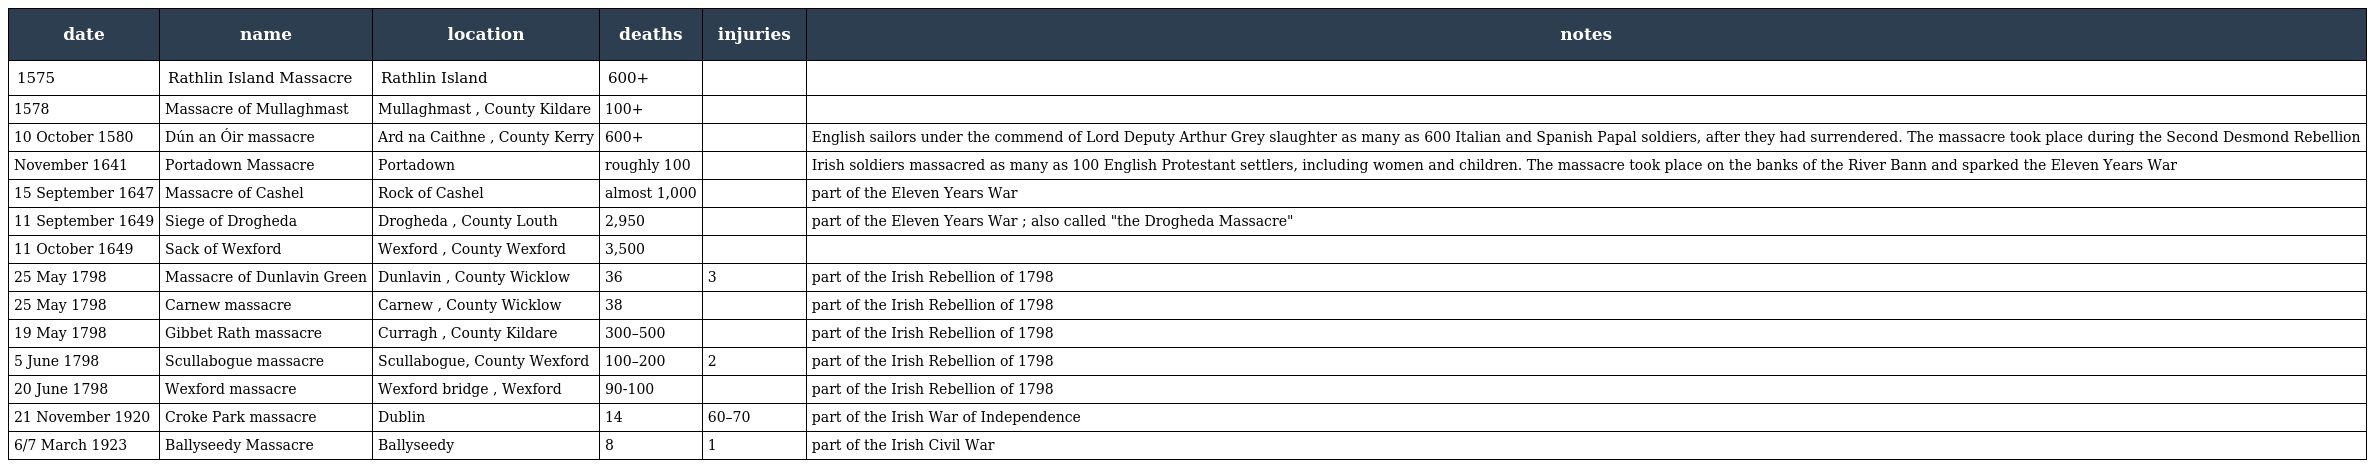
| date | name | location | deaths | injuries | notes |
 | --- | --- | --- | --- | --- | --- |
 | 1575 | Rathlin Island Massacre | Rathlin Island | 600+ |  |  |
 | 1578 | Massacre of Mullaghmast | Mullaghmast , County Kildare | 100+ |  |  |
 | 10 October 1580 | Dún an Óir massacre | Ard na Caithne , County Kerry | 600+ |  | English sailors under the commend of Lord Deputy Arthur Grey slaughter as many as 600 Italian and Spanish Papal soldiers, after they had surrendered. The massacre took place during the Second Desmond Rebellion |
 | November 1641 | Portadown Massacre | Portadown | roughly 100 |  | Irish soldiers massacred as many as 100 English Protestant settlers, including women and children. The massacre took place on the banks of the River Bann and sparked the Eleven Years War |
 | 15 September 1647 | Massacre of Cashel | Rock of Cashel | almost 1,000 |  | part of the Eleven Years War |
 | 11 September 1649 | Siege of Drogheda | Drogheda , County Louth | 2,950 |  | part of the Eleven Years War ; also called "the Drogheda Massacre" |
 | 11 October 1649 | Sack of Wexford | Wexford , County Wexford | 3,500 |  |  |
 | 25 May 1798 | Massacre of Dunlavin Green | Dunlavin , County Wicklow | 36 | 3 | part of the Irish Rebellion of 1798 |
 | 25 May 1798 | Carnew massacre | Carnew , County Wicklow | 38 |  | part of the Irish Rebellion of 1798 |
 | 19 May 1798 | Gibbet Rath massacre | Curragh , County Kildare | 300–500 |  | part of the Irish Rebellion of 1798 |
 | 5 June 1798 | Scullabogue massacre | Scullabogue, County Wexford | 100–200 | 2 | part of the Irish Rebellion of 1798 |
 | 20 June 1798 | Wexford massacre | Wexford bridge , Wexford | 90-100 |  | part of the Irish Rebellion of 1798 |
 | 21 November 1920 | Croke Park massacre | Dublin | 14 | 60–70 | part of the Irish War of Independence |
 | 6/7 March 1923 | Ballyseedy Massacre | Ballyseedy | 8 | 1 | part of the Irish Civil War |